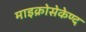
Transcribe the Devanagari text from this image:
माइक्रोसेकेण्द